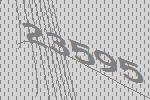
23595